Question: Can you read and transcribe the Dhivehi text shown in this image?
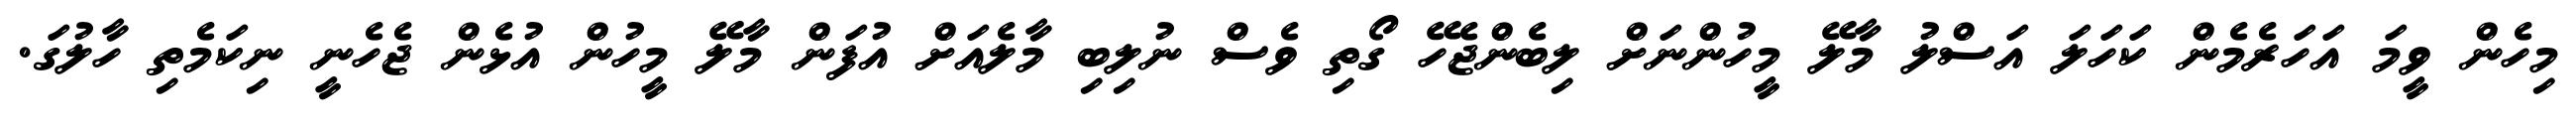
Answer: މިހެން ވީމަ އަހަރެމެން ކަހަލަ އަސްލު މާލޭ މީހުންނަށް ލިބެންޖެހޭ ގޯތި ވެސް ނުލިބި މާލެއަށް އުފަން މާލޭ މީހުން އުޅެން ޖެހެނީ ނިކަމެތި ހާލުގަ.